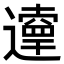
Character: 𨘞